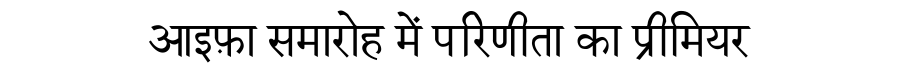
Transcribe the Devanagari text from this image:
आइफ़ा समारोह में परिणीता का प्रीमियर